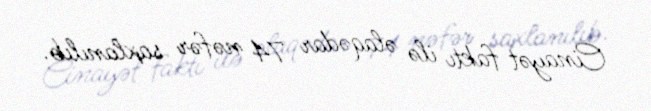
Cinayət faktı ilə əlaqədar 74 nəfər saxlanılıb.